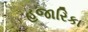
હજારિકા